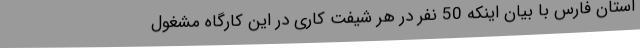
استان فارس با بیان اینکه 50 نفر در هر شیفت کاری در این کارگاه مشغول